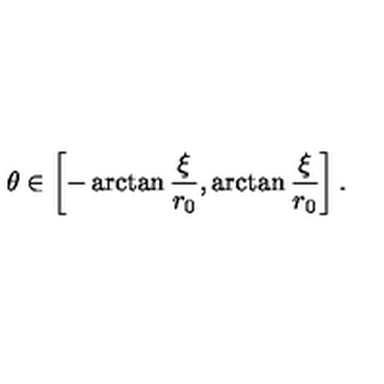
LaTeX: \theta \in \left[ - \arctan { \frac { \xi } { r _ { 0 } } } , \arctan { \frac { \xi } { r _ { 0 } } } \right] .